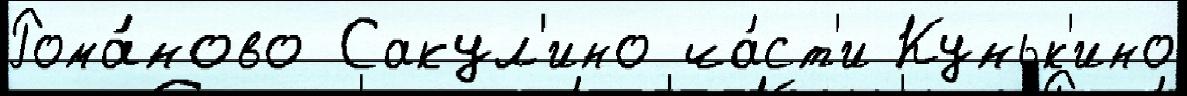
Рома́ново Сакул'ино ча́ст'и Куньк'ино